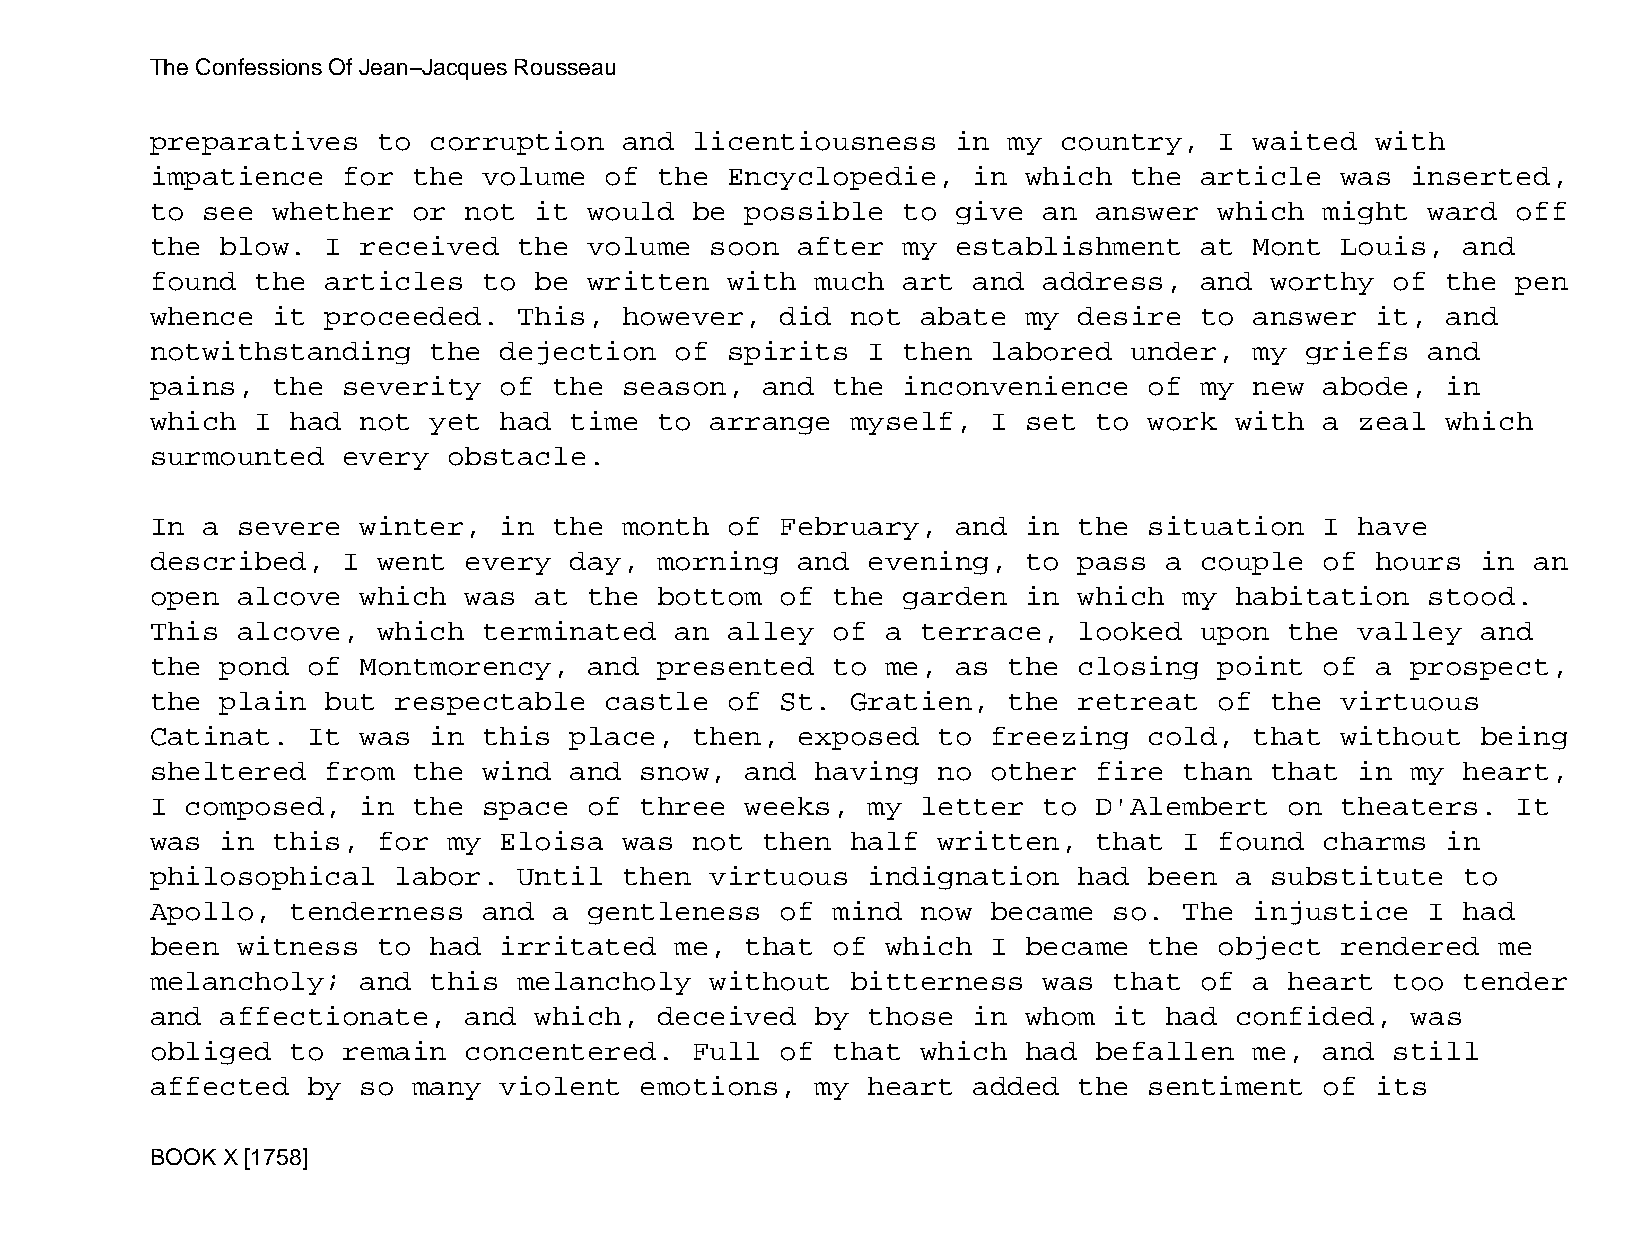
The Confessions Of Jean−Jacques Rousseau
 preparatives   to corruption   and  licentiousness   in  my country,   I waited  with
 impatience   for the  volume  of  the Encyclopedie,   in  which  the article   was inserted,
 to see  whether  or  not it  would  be possible   to give  an answer   which  might  ward off
 the  blow.  I received  the  volume  soon  after  my establishment   at  Mont  Louis,  and
 found  the  articles  to be  written  with  much  art and  address,  and  worthy  of  the pen
 whence  it  proceeded.  This,  however,   did not  abate  my desire  to  answer  it,  and
 notwithstanding   the  dejection   of spirits  I  then  labored  under,  my griefs   and
 pains,  the  severity  of  the season,  and  the  inconvenience   of my  new  abode,  in
 which  I had  not yet  had  time  to arrange  myself,   I set to  work  with  a zeal  which
 surmounted   every  obstacle.
 In a  severe  winter,  in  the month  of  February,  and  in the  situation   I have
 described,   I went  every  day,  morning  and evening,   to pass  a couple   of hours  in an
 open  alcove  which  was at  the  bottom  of the  garden  in which  my  habitation   stood.
 This  alcove,  which  terminated   an alley  of  a terrace,  looked  upon  the  valley  and
 the  pond of  Montmorency,   and  presented  to  me, as  the closing   point  of a prospect,
 the  plain  but respectable   castle  of  St. Gratien,   the retreat   of the  virtuous
 Catinat.  It  was in  this  place,  then,  exposed  to  freezing  cold,  that  without  being
 sheltered   from the  wind  and snow,  and  having  no  other fire  than  that  in my  heart,
 I composed,   in the  space  of three  weeks,  my  letter  to D'Alembert   on  theaters.  It
 was  in this,  for  my Eloisa  was  not then  half  written,  that  I  found  charms  in
 philosophical   labor.  Until  then  virtuous  indignation   had  been  a substitute   to
 Apollo,  tenderness   and  a gentleness   of mind  now  became  so. The  injustice   I had
 been  witness  to had  irritated   me, that  of  which  I became  the  object  rendered  me
 melancholy;   and this  melancholy   without  bitterness   was  that of  a heart  too  tender
 and  affectionate,   and which,   deceived  by those  in  whom  it had  confided,  was
 obliged  to  remain  concentered.   Full  of that  which  had befallen   me,  and still
 affected  by  so many  violent  emotions,   my heart  added  the  sentiment   of its
 BOOK X [1758]